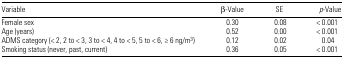
| Variable | β-Value | SE | p-Value |
 | --- | --- | --- | --- |
 | Female sex | 0.30 | 0.08 | < 0.001 |
 | Age (years) | 0.52 | 0.00 | < 0.001 |
 | ADMS category (< 2, 2 to < 3, 3 to < 4, 4 to < 5, 5 to < 6, ≥6 ng/m3 ) | 0.12 | 0.02 | 0.04 |
 | Smoking status (never, past, current) | 0.36 | 0.05 | < 0.001 |